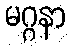
မဂ္ဂနာ